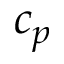
c _ { p }